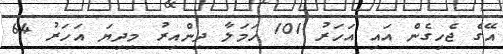
އޭގެ ޖެހިގެން އައި އަހަރު 101 ހަމަލާ ދިންއިރު މިދިޔަ އަހަރު 64